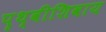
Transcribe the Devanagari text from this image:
पृथ्वीशिवाय